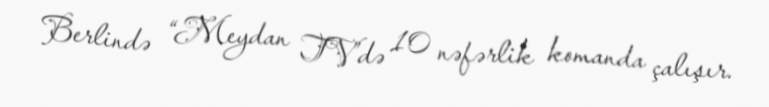
Berlində “Meydan TV”də 10 nəfərlik komanda çalışır.